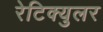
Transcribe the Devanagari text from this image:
रेटिक्युलर